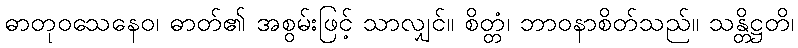
ဓာတုဝသေနေဝ၊ ဓာတ်၏ အစွမ်းဖြင့် သာလျှင်။ စိတ္တံ၊ ဘာဝနာစိတ်သည်။ သန္တိဋ္ဌတိ၊